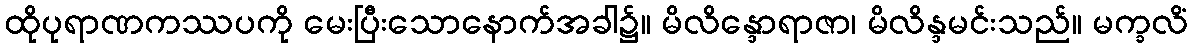
ထိုပုရာဏကဿပကို မေးပြီးသောနောက်အခါ၌။ မိလိန္ဒောရာဇာ၊ မိလိန္ဒမင်းသည်။ မက္ခလိံ